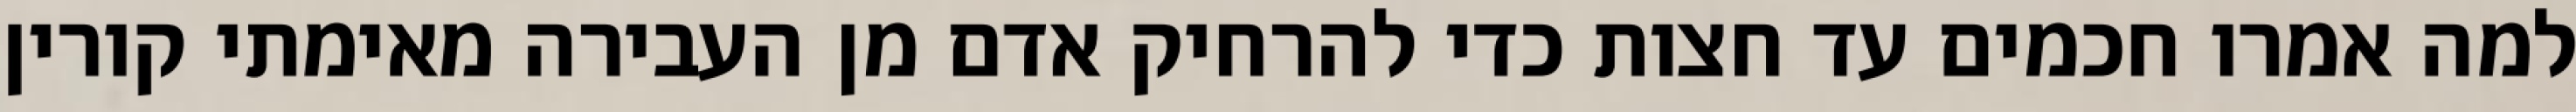
למה אמרו חכמים עד חצות כדי להרחיק אדם מן העבירה מאימתי קורין